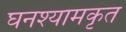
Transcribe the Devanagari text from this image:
घनश्यामकृत